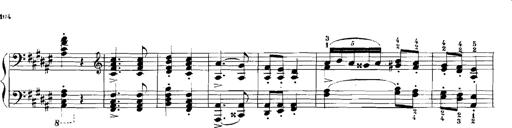
Title: Rhapsodies hongroises
Composer: Franz Liszt